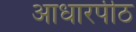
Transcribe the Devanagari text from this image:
आधारपीठ